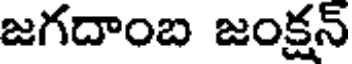
జగదాంబ జంక్షన్